Document type: Dowry acquittance
Year: 1427
Scribe: Pere Tarafa
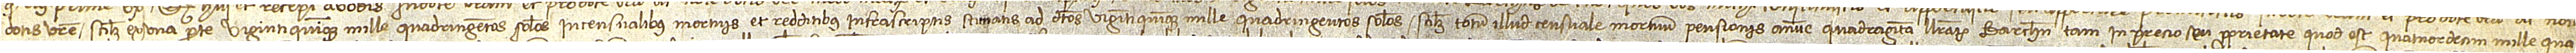
dotis vestre, scilicet ex una parte, viginti quinque mille quadringentos solidos in censualibus mortuis et redditibus infrascriptis stimatis ad dictos viginti quinque mille quadringentos solidos, scilicet totum illud censuale mortuum pensionis annue quadraginta librarum Barchinone tam in precio seu proprietate, quod est quatordecim mille qua-